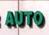
auto